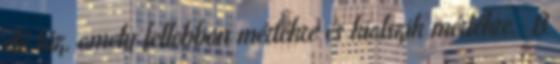
élő tűz, amely fellobban mértékre és kialszik mértékre. B